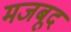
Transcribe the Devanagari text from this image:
मजबूद